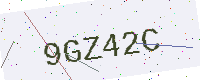
Text: 9GZ42C